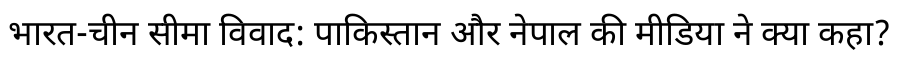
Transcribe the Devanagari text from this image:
भारत-चीन सीमा विवाद: पाकिस्तान और नेपाल की मीडिया ने क्या कहा?